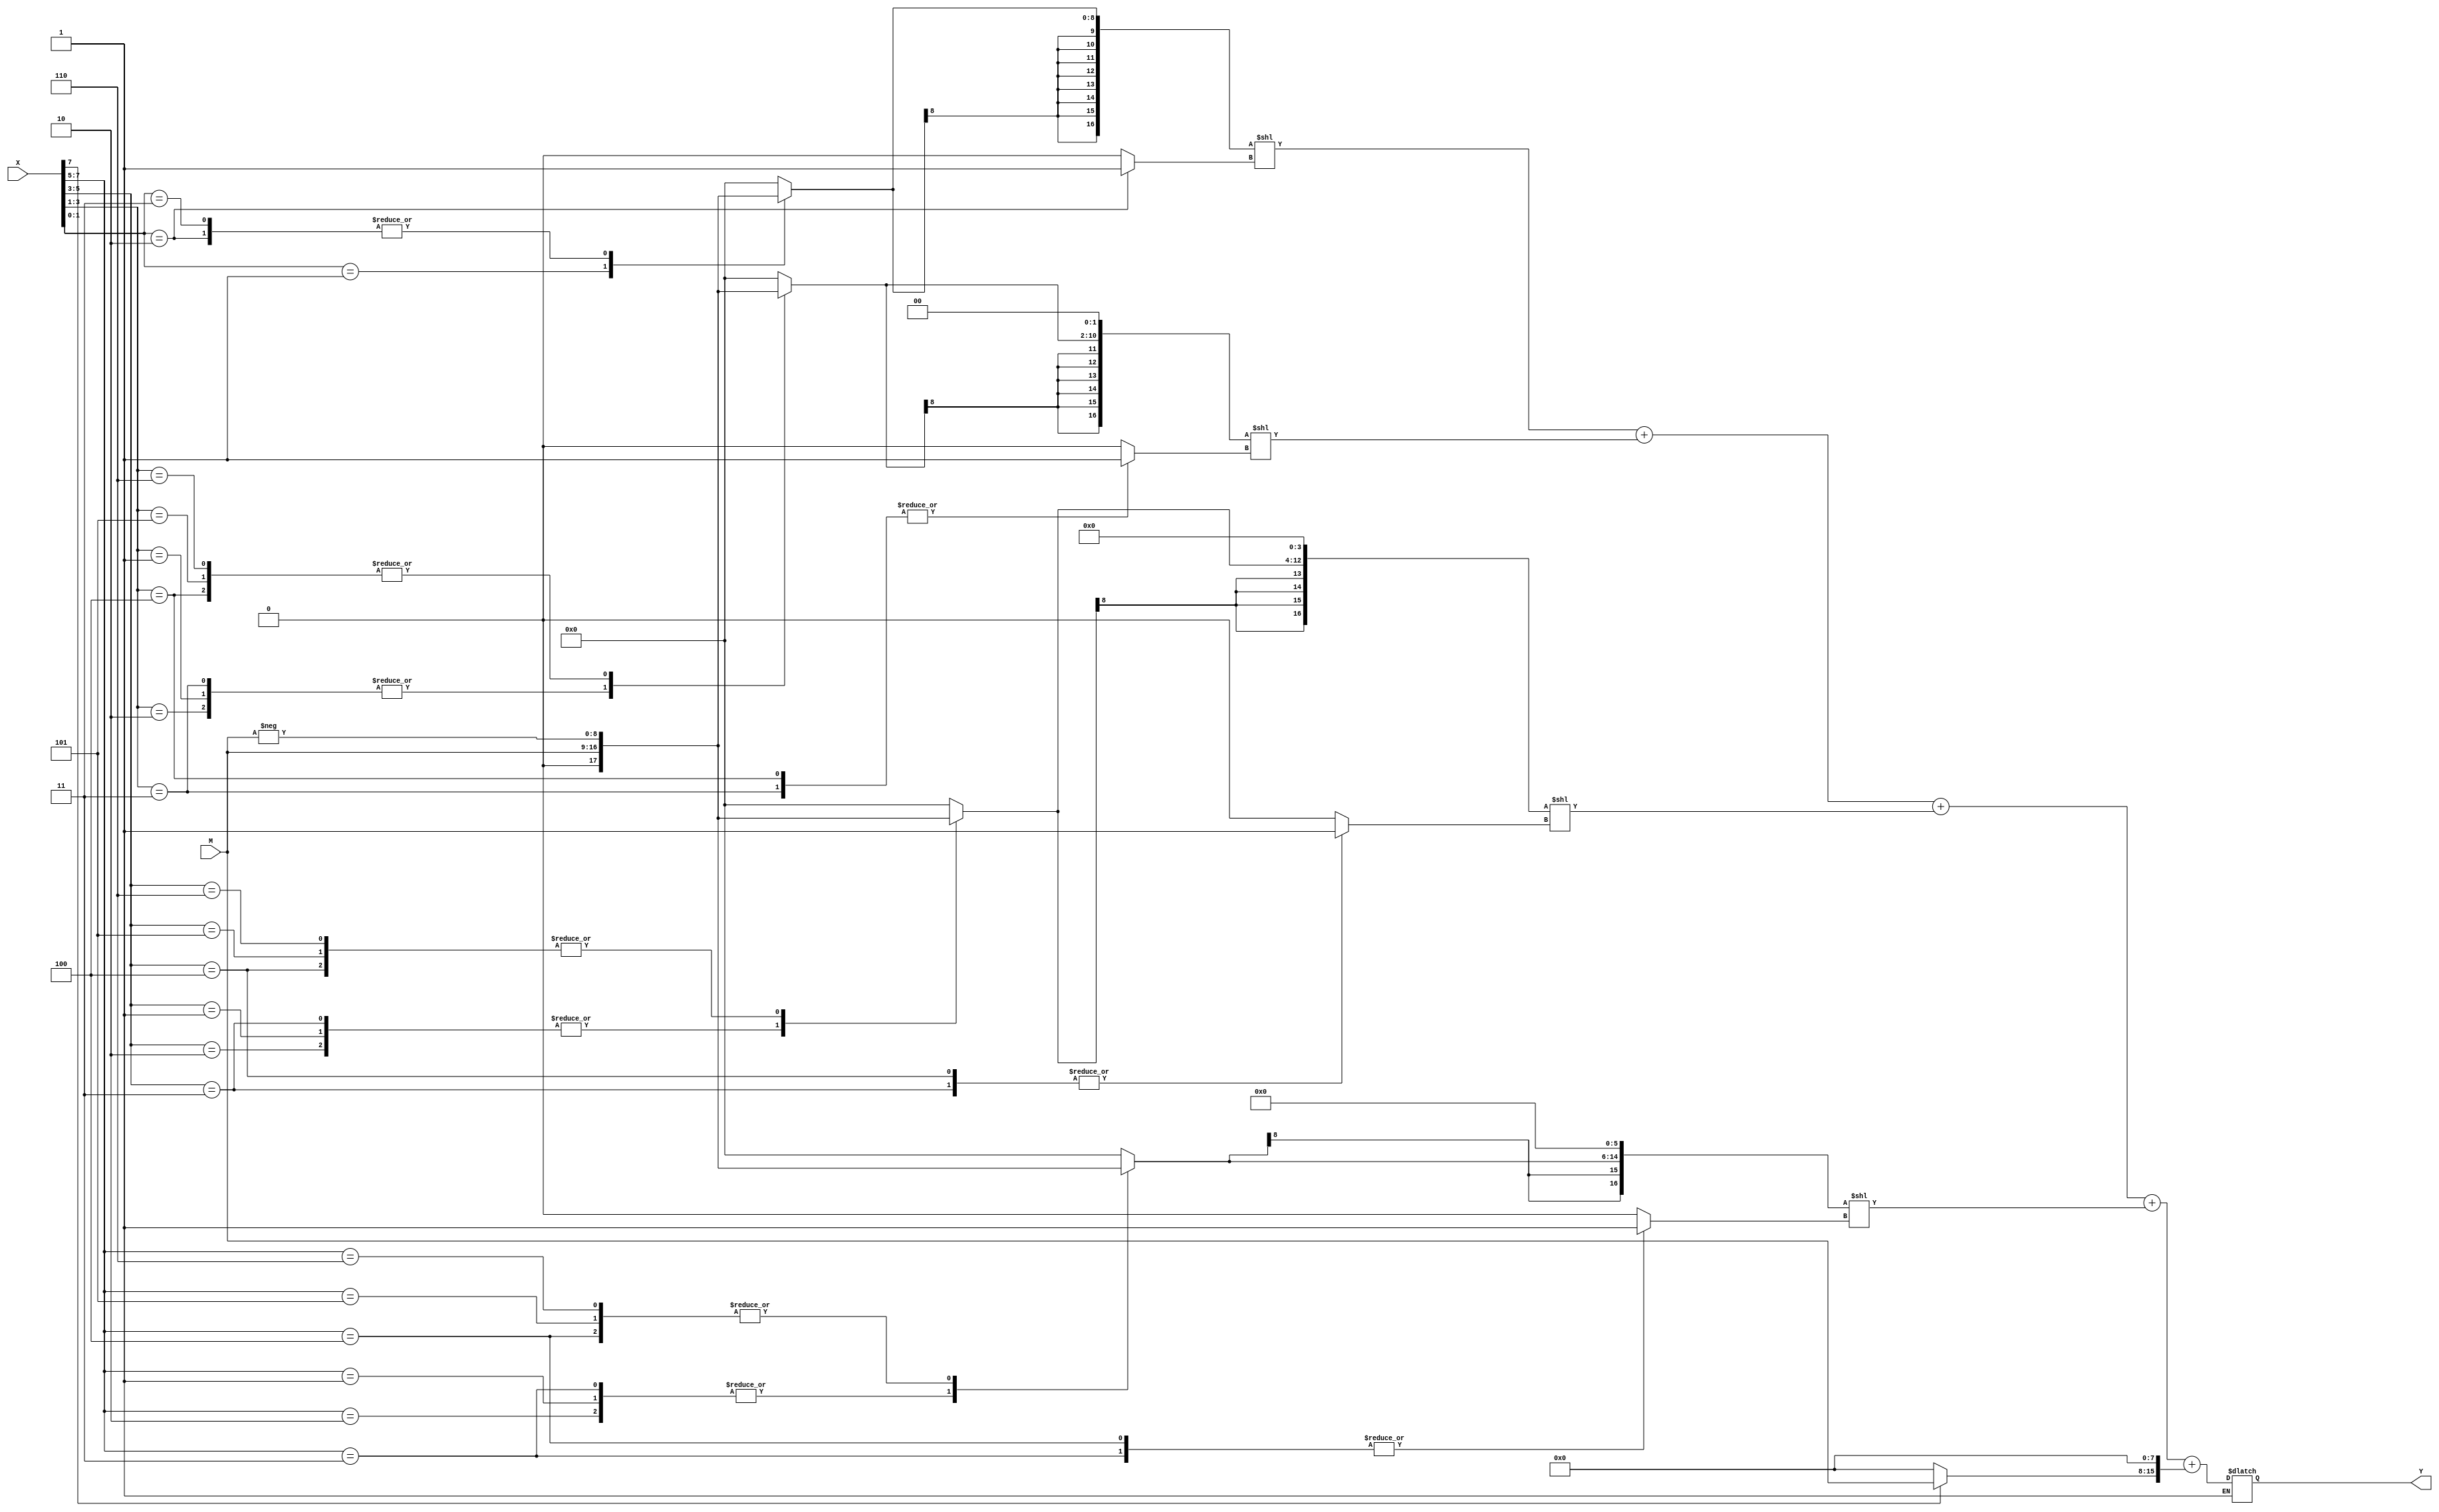
module Booth8(M, X, Y); 

input [7:0] M, X; 
output reg [15:0] Y; 
wire [8:0] X1, M1;
reg[16:0] Y1;
reg [2:0] pa,pb,pc,pd,pe;
reg f0,f1,f2,f3,f4;
reg [16:0]int_pp0,int_pp1,int_pp2,int_pp3,int_pp4;
reg [8:0] pp0,pp1,pp2,pp3,pp4;
reg i0,i1,i2,i3,i4;
assign X1 = {1'b0 , X};
assign M1 = {1'b0 , M};
initial
begin
i0=0;i1=0;i2=0;i3=0;i4=0;
end

always @(*)
begin
if(f0&f1&f2&f3&f4)
begin
Y1= int_pp0 + int_pp1 + int_pp2 +int_pp3+int_pp4;
Y= Y1[15:0];
end
end

always @(*)

begin
pa = {X1[1],X1[0],1'b0};
f0 =0;
i0=0;
case(pa)

3'b001 , 3'b010 :
               begin
                    pp0[8:0] = M1;
                end

3'b011:
              begin
                    pp0[8:0] = M1;
                    i0 =  1;
              end

3'b100:
             begin
                pp0[8:0] = -M1;
                i0 = 1;
              end

3'b110 , 3'b101:
             begin
                pp0[8:0] = -M1;
             end


default : pp0 = 9'd0;

endcase

int_pp0 = {{9{pp0[8]}},pp0};

 int_pp0 = int_pp0 << i0;
 f0 =1;
 end
 /////////////////////////////////////////////////////////////////////////////////////////////////
 always @(*)

begin
f1 =0;
i1=0;
pb = { X1[3],X1[2],X1[1] };
case(pb)

3'b001 , 3'b010 :
               begin
                    pp1[8:0] = M1;
                end

3'b011:
              begin
                    pp1[8:0] = M1;
                    i1 =  1;
              end

3'b100:
             begin
                   pp1[8:0] = -M1;
                i1 = 1;
              end

3'b110 , 3'b101:
             begin
                pp1[8:0] = -M1;
             end


default : pp1 = 9'd0;

endcase

int_pp1 = {{7{pp1[8]}},pp1,2'b0};

 int_pp1 = int_pp1 << i1;
 f1 =1;
 end
 //////////////////////////////////////////////////////////////////////////////////////////
 always @(*)

begin
pc ={X1[5],X1[4],X1[3]};
f2 =0;
i2=0;
case(pc)

3'b001 , 3'b010 :
               begin
                    pp2[8:0] = M1;
                end

3'b011:
              begin
                    pp2[8:0] = M1;
                    i2 =  1;
              end

3'b100:
             begin
                pp2[8:0] = -M1;
                i2 = 1;
              end

3'b110 , 3'b101:
             begin
                pp2[8:0] = -M1;
             end


default : pp2 = 9'd0;

endcase

int_pp2 = {{5{pp2[8]}},pp2,4'b0 };

 int_pp2 = int_pp2 << i2;
 f2 =1;
 end
 
//////////////////////////////////////////////////////////////////////////////////// 
 always @(*)

begin
pd ={X1[7],X1[6],X1[5]};
f3 =0;
i3=0;
case(pd)

3'b001 , 3'b010 :
               begin
                    pp3[8:0] = M1;
                end

3'b011:
              begin
                    pp3[8:0] = M1;
                    i3 =  1;
              end

3'b100:
             begin
                pp3[8:0] = -M1;
                i3 = 1;
              end

3'b110 , 3'b101:
             begin
                pp3[8:0] = -M1;
             end


default : pp3 = 9'd0;

endcase

int_pp3 = {{3{pp3[8]}},pp3,6'b0};

 int_pp3 = int_pp3 << i3;
 f3 =1;
 end
 ////////////////////////////////////////////////////////////////////////////////////////
 ////////////////////////////////////////////////////////////////////////////////////////
 always @(*)

begin
pe ={1'b0,1'b0,X1[7]};
f4 =0;
i4=0;
case(pe)

3'b001 , 3'b010 :
               begin
                    pp4[8:0] = M1;
                end

3'b011:
              begin
                    pp4[8:0] = M1;
                    i4 =  1;
              end

3'b100:
             begin
                pp4[8:0] = -M1;
                i4 = 1;
              end

3'b110 , 3'b101:
             begin
                pp4[8:0] = -M1;
             end


default : pp4 = 9'd0;

endcase

int_pp4 = {{1{pp4[8]}},pp4,8'b0};

 int_pp4 = int_pp4 << i4;
 f4 =1;
 end
 



 endmodule